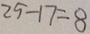
2 5 - 1 7 = 8